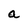
Character: a